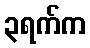
၃ရက်က